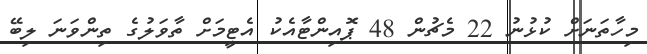
މިހާތަނަށް ކުޅުނު 22 މެޗުން 48 ޕޮއިންޓާއެކު އެޓީމަށް ތާވަލުގެ ތިންވަނަ ލިބޭ